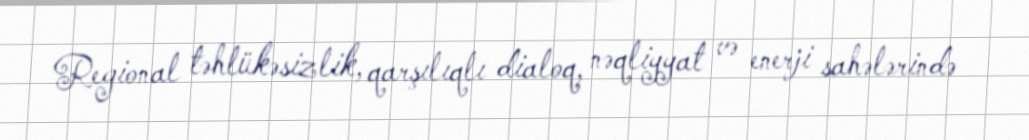
Regional təhlükəsizlik, qarşılıqlı dialoq, nəqliyyat və enerji sahələrində